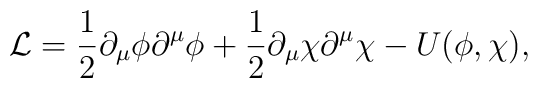
{\cal L}=\frac{1}{2}\partial_{\mu}\phi\partial^{\mu}\phi+\frac{1}{2}\partial_{\mu}\chi\partial^{\mu}\chi-U(\phi,\chi),